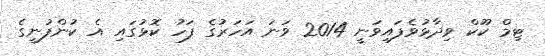
ޓިމް ކޫކް ވިދާޅުވެފައިވަނީ 2014 ވަނަ އަހަރުގެ ފަހު ކޮޅުގައި އެ ކުންފުނީގެ